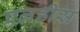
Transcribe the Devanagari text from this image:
एलडीस